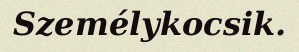
Személykocsik.